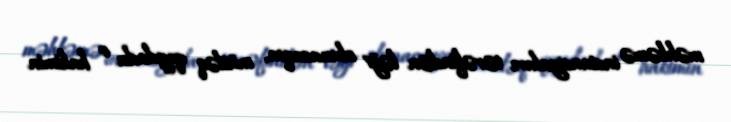
məhkəmə instansiyaları tərəfindən ləğv olunacaqsa, mütləq qaydada o hakimin